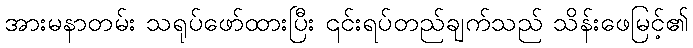
အားမနာတမ်း သရုပ်ဖော်ထားပြီး ၎င်းရပ်တည်ချက်သည် သိန်းဖေမြင့်၏